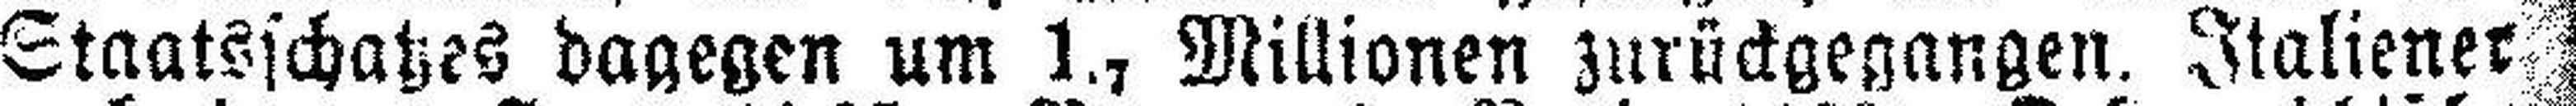
Staatsschatzes dagegen um 1., Millionen zurückgegangen. Italiener